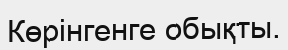
Көрінгенге обықты.